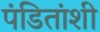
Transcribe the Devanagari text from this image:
पंडितांशी